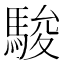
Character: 駿